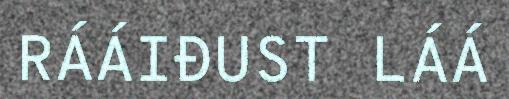
RÁÁIĐUST LÁÁ